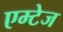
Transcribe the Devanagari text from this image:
एम्टेज